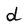
Character: d